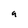
Character: 9